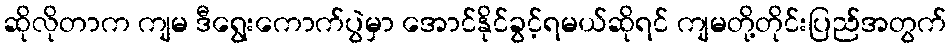
ဆိုလိုတာက ကျမ ဒီရွေးကောက်ပွဲမှာ အောင်နိုင်ခွင့်ရမယ်ဆိုရင် ကျမတို့တိုင်းပြည်အတွက်